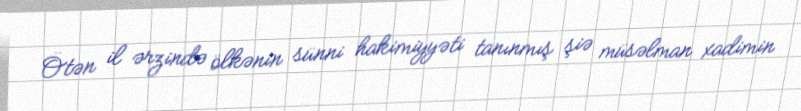
Ötən il ərzində ölkənin sünni hakimiyyəti tanınmış şiə müsəlman xadimin